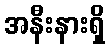
အနီးနားရှိ